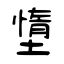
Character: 墯